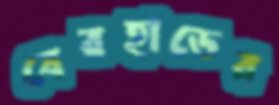
বেরহাডের